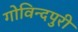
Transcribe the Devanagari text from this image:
गोविन्दपुरी